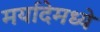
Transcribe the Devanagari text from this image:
मर्यादेमध्ये